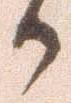
か